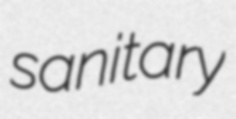
sanitary